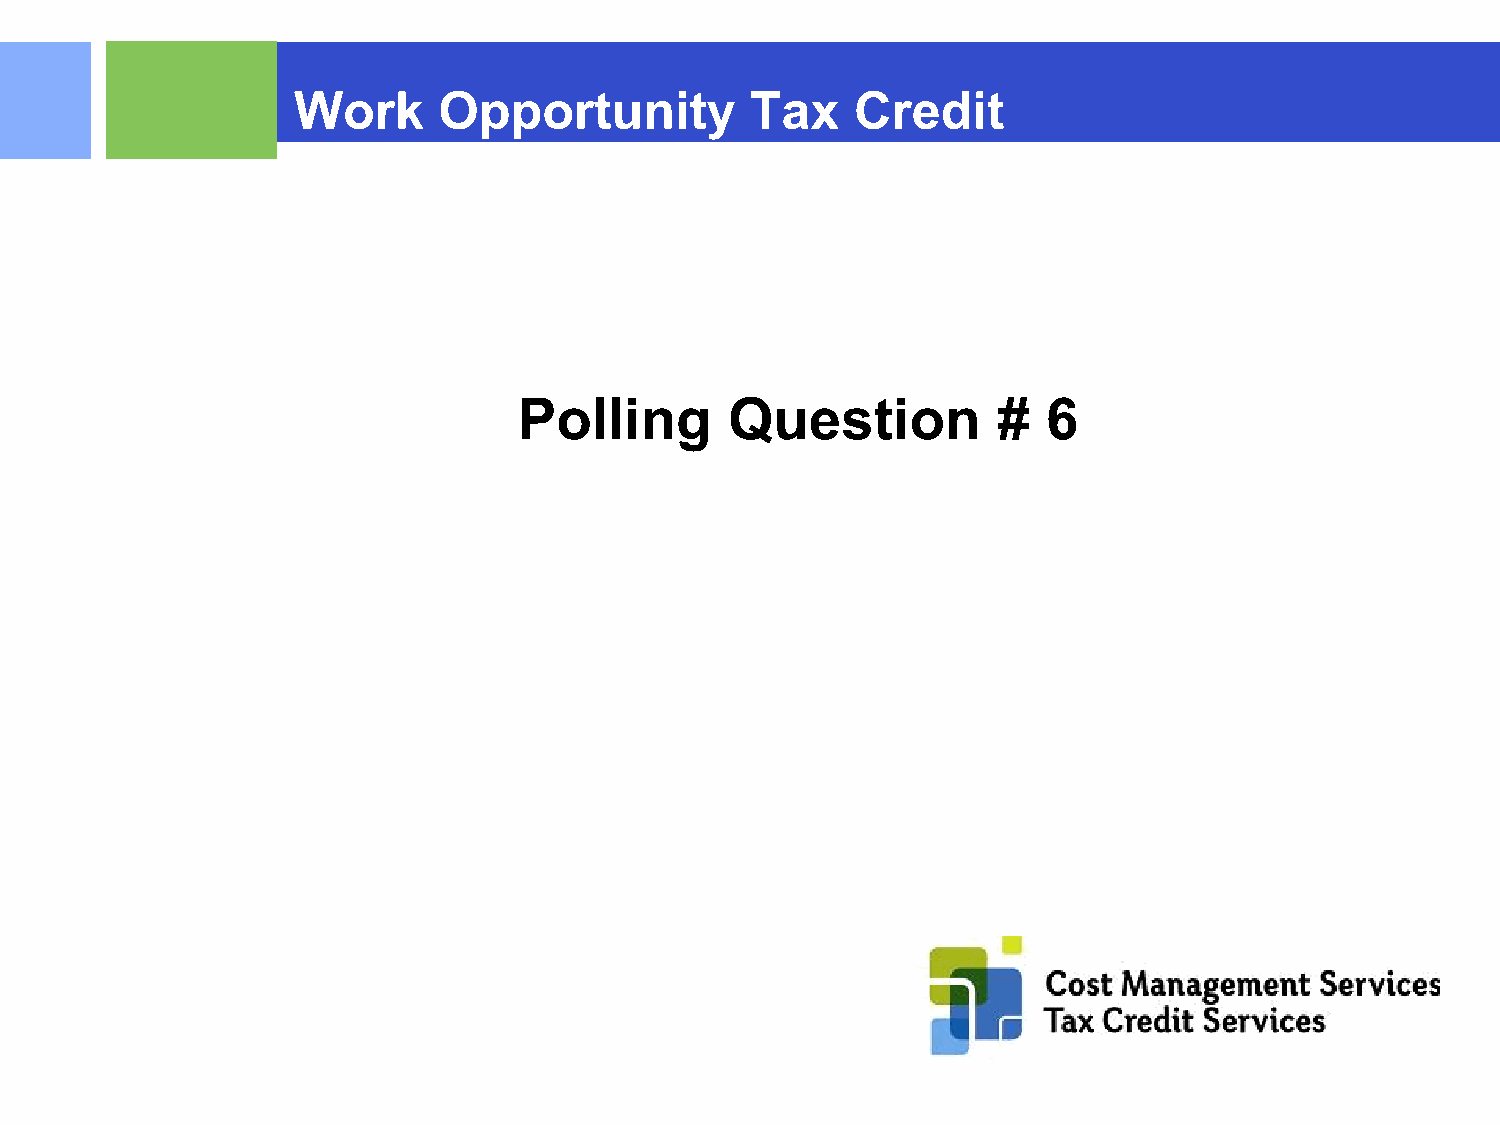
Work      Opportunity          Tax    Credit
 Polling       Question          #  6
 ©2015 RSM US LLP. All RightsReserved.